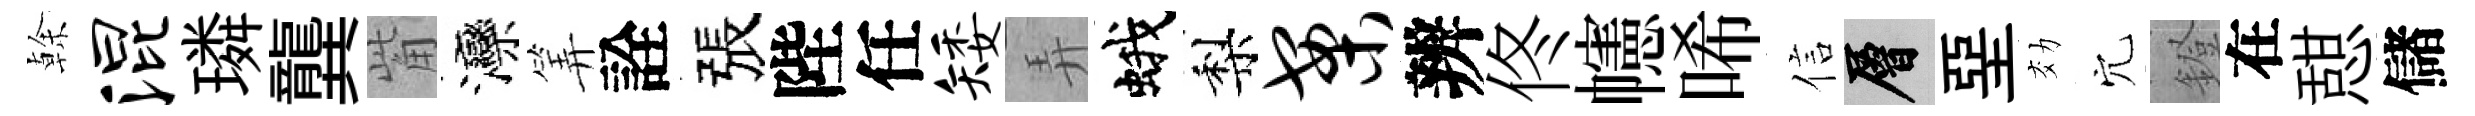
𠏉混璘龔觜灤筭詮張陛任矮弄蛾梨案辨佟幰唏信層堊効穴鐙在憇儲